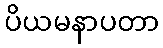
ပိယမနာပတာ